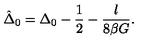
\hat { \Delta } _ { 0 } = \Delta _ { 0 } - \frac { 1 } { 2 } - \frac { l } { 8 \beta G } .